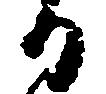
る